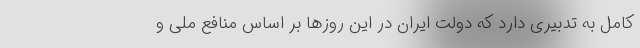
کامل به تدبیری دارد که دولت ایران در این روزها بر اساس منافع ملی و